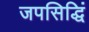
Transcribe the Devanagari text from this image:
जपसिद्धिं